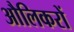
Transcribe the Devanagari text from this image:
औलिकरों